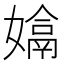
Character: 𡡽